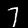
Digit: 7